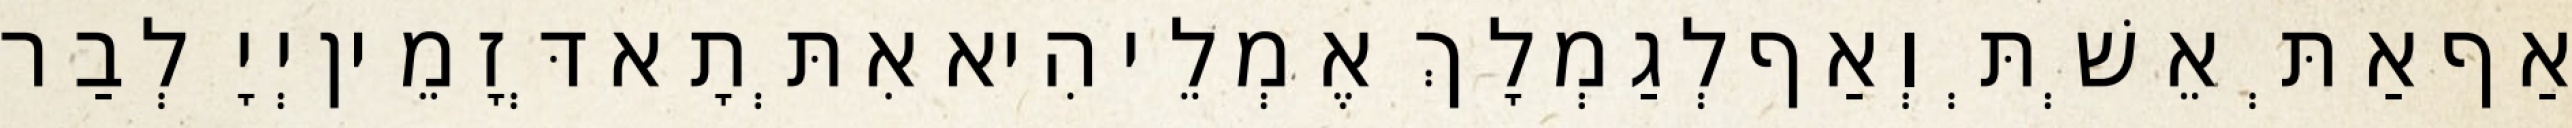
אַף אַתְּ אֵשְׁתְּ וְאַף לְגַמְלָךְ אֶמְלֵי הִיא אִתְּתָא דְּזָמֵין יְיָ לְבַר